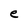
Character: e